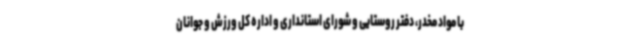
با مواد مخدر، دفتر روستایی و شورای استانداری و اداره کل ورزش و جوانان